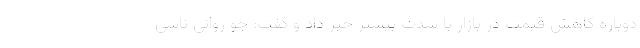
دوباره کاهش قیمت در بازار با شدت بیشتر خبر داد و گفت: جو روانی ناشی